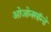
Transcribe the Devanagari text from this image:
ओजोनसॉन्‍डे